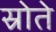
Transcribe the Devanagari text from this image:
स्रोते